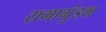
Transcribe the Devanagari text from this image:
रामागुंडम